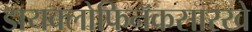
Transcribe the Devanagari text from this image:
डायक्लोफिनॅकसारखे